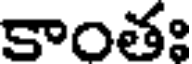
కాంతః